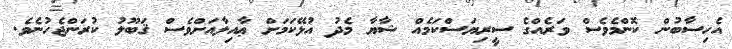
އެހިސާބުން ކޮންމެވެސް ވަރެއްގެ ސީރިޔަސްކަމެއް ޝާޔާ މެދު އުޅޭކަމަށް ޢާއިލާއަށްވެސް ޤަބޫލު ކުރަންޖެހުނެވެ.